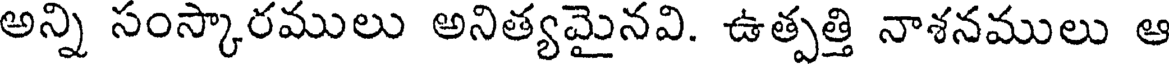
అన్ని సంస్కారములు అనిత్యమైనవి. ఉత్పత్తి నాశనములు ఆ